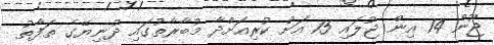
ޖޫން 14 އިން ޖުލައި 15 އަށް ކުރިއަށްދާ މުބާރާތުގައި ދުނިޔޭގެ ތަފާތު